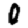
Digit: 0